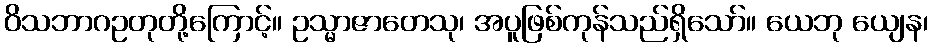
ဝိသဘာဂဥတုတို့ကြောင့်။ ဥသ္မာဇာတေသု၊ အပူဖြစ်ကုန်သည်ရှိသော်။ ယေဘု ယျေန၊